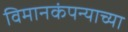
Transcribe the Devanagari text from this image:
विमानकंपन्याच्या